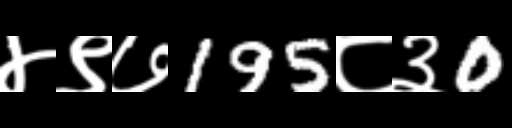
Text: ४९७195८३0